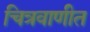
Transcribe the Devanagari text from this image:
चित्रवाणीत